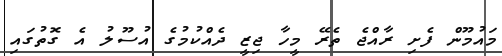
މައުމޫން ފެށި ރާއްޖެ ތެރޭ މީހާ ޖިޒީ ދެއްކުމުގެ އުސޫލު އެ ގޮތުގައި